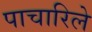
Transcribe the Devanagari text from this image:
पाचारिले